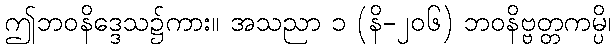
ဤဘဝနိဒ္ဒေသ၌ကား။ အသညာ ၁ (နိ-၂၀၆) ဘဝနိဗ္ဗတ္တကမ္ပိ၊